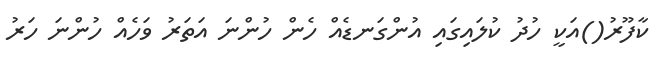
ކާފޫރު()އަކީ ހުދު ކުލައިގައި އުންގަނޑެއް ހެން ހުންނަ އަތަރު ވަހެއް ހުންނަ ހަރު